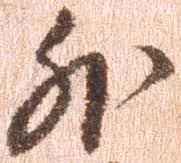
外